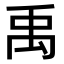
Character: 禹